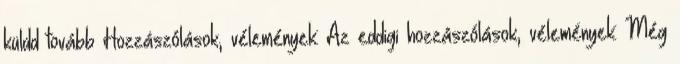
küldd tovább Hozzászólások, vélemények: Az eddigi hozzászólások, vélemények: Még